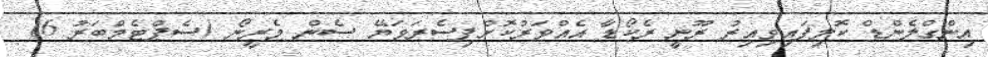
އިންގްލެންޑް ކޮލިފައިވިއިރު ރޫނީ ރެކޯޑާ އެއްވަރުކޮށްފިސެރަވަޔޭ ސެން މެރީނޯ (ސެޕްޓެމްބަރު 6)